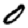
Digit: 0